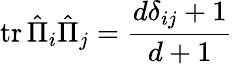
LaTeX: \operatorname{tr}{\hat{\Pi}}_{i}{\hat{\Pi}}_{j}={\frac{d\delta_{ij}+1}{d+1}}